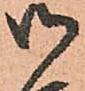
御